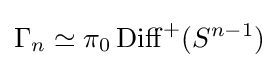
\Gamma _{n}\simeq \pi _{0}\operatorname {Diff} ^{+}(S^{n-1})